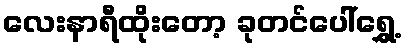
လေးနာရီထိုးတော့ ခုတင်ပေါ်ရွှေ့